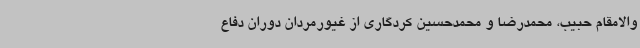
والامقام حبیب، محمدرضا و محمدحسین کردگاری از غیورمردان دوران دفاع